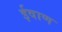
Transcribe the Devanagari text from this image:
ईवाण